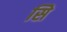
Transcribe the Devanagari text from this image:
सिे